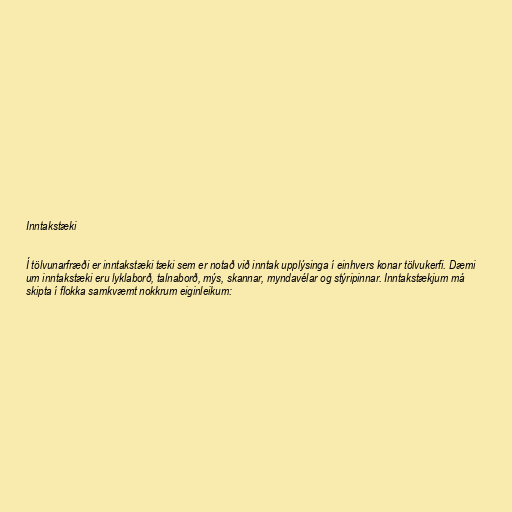
Inntakstæki

Í tölvunarfræði er inntakstæki tæki sem er notað við inntak upplýsinga í einhvers konar tölvukerfi. Dæmi
um inntakstæki eru lyklaborð, talnaborð, mýs, skannar, myndavélar og stýripinnar. Inntakstækjum má
skipta í flokka samkvæmt nokkrum eiginleikum: